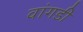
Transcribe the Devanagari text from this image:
वांगडी